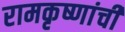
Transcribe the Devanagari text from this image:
रामकृष्णांची